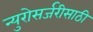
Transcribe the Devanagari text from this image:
न्युरोसर्जरीसाठी